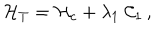
{ \cal H } _ { T } = { \cal H } _ { c } + \lambda _ { 1 } \; { \cal C } _ { 1 } \, ,